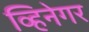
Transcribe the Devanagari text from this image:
व्हिनेगर